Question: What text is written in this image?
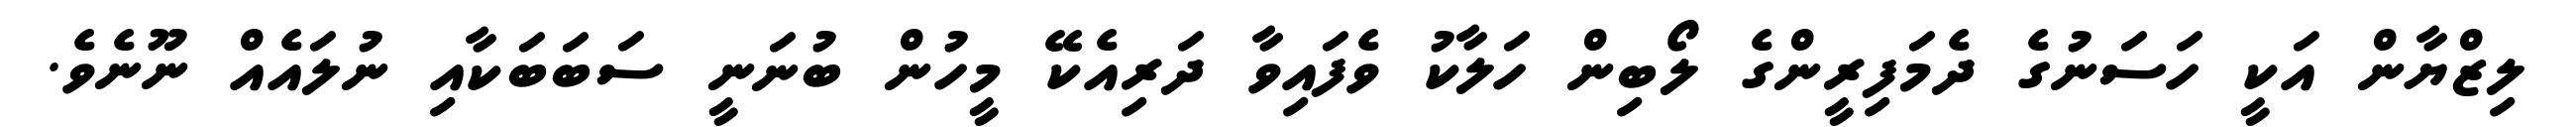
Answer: ލިޒްޔާން އަކީ ހަސަނުގެ ދެމަފިރީންގެ ލޯބިން ހަލާކު ވެފައިވާ ދަރިއެކޭ މީހުން ބުނަނީ ސަބަބަކާއި ނުލައެއް ނޫނެވެ.